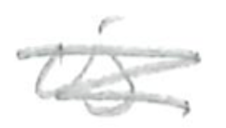
Text: is
Cross-out: scratch
Writing tool: pencil